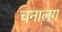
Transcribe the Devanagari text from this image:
चनालग